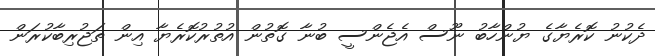
ދެކުނު ކޮރެޔާގެ ޔުންހާބު ނޫސް އެޖެންސީ ބުނާ ގޮތުން އުތުރުކޮރެޔާ އިން ތަޖުރިބާކުރަން